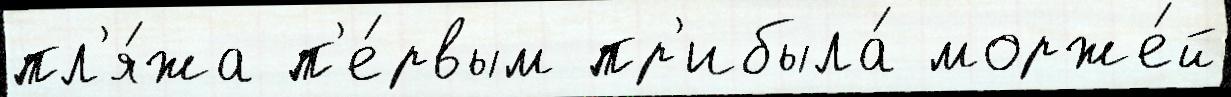
пл'я́жа п'е́рвым пр'ибыла́ морже́й